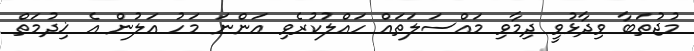
މުޖުތަބާ ވިދާޅުވީ ދިމާވި މައްސަލަތައް ހައްލުކުރެވި އަންނަ މަހު އަލުން އެ ޚިދުމަތް